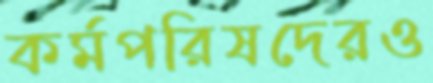
কর্মপরিষদেরও